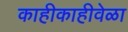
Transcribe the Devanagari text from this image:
काहीकाहीवेळा